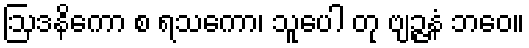
ဩဒနိကော စ ရသကော၊ သူပေါ တု ဗျဉ္ဇနံ ဘဝေ။